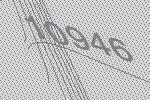
10946